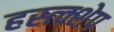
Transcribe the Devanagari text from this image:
हस्त्क्शेप